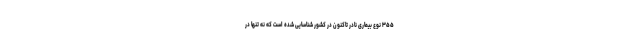
۳۵۵ نوع بیماری نادر تاکنون در کشور شناسایی شده است که نه تنها در